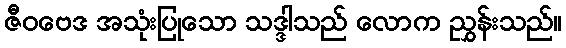
ဇီဝဗေဒ အသုံးပြုသော သဒ္ဒါသည် လောက ညွှန်းသည်။